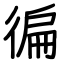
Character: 徧